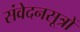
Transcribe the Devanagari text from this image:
संवेदनसूत्रों